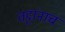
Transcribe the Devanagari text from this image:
तट्टांनाच